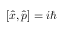
[ { \hat { x } } , { \hat { p } } ] = i \hbar